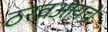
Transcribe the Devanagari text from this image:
ठरवआयचे